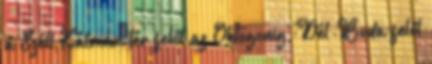
a Széll Kálmán tér felől az Oktogonig, Dél-Buda felől